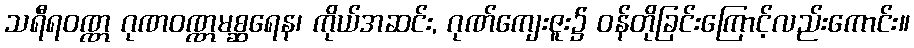
သရီရဝဏ္ဏ ဂုဏဝဏ္ဏမစ္ဆရေန၊ ကိုယ်အဆင်း, ဂုဏ်ကျေးဇူး၌ ဝန်တိုခြင်းကြောင့်လည်းကောင်း။